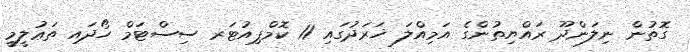
ގޮތުން ނިލަންދޫ ރައްޔިތުންގެ އަމިއްލަ ޚަރަދުގައި 11 ކޮމްޕިއުޓަރ ސިސްޓަމް ހޯދައި ތަޢުލީމީ